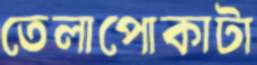
তেলাপোকাটা